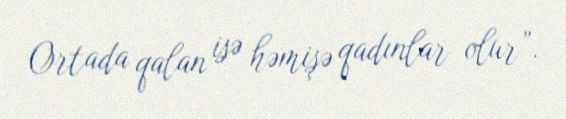
Ortada qalan isə həmişə qadınlar olur”.